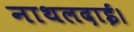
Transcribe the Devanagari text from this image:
नाथलदाई।